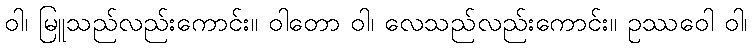
ဝါ၊ မြူသည်လည်းကောင်း။ ဝါတော ဝါ၊ လေသည်လည်းကောင်း။ ဥဿဝေါ ဝါ၊